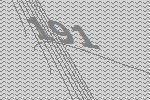
191